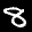
Label: 8